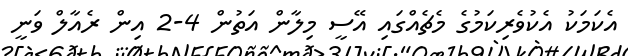
އެކަމަކު އެކުވެރިކަމުގެ މެޗެއްގައި އޭސީ މިލާން އަތުން 4-2 އިން ރެއާލް ވަނީ